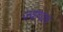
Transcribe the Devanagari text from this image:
ज्यापाच